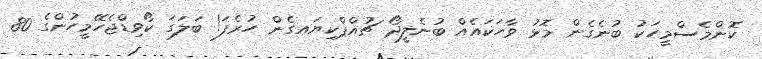
ކޮންމެސްމީހަކު ބުނެގެން މޮޅު ވާހަކައެއް ބުނެލީދޯ ޗުއްޕްކިޔައގެން ހުރެފަ! ބަލަގަ ކޯވިޑްޖެހޭމީހުންގެ 80